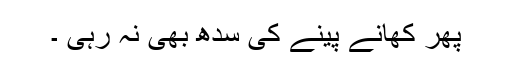
پھر کھانے پینے کی سُدھ بھی نہ رہی ۔